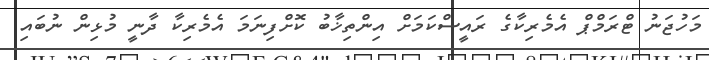
މަހުޖަނު ޓްރަމްޕް އެމެރިކާގެ ރައީސްކަމަށް އިންތިޚާބު ކޮށްފިނަމަ އެމެރިކާ ދާނީ މުޅިން ނުބައި